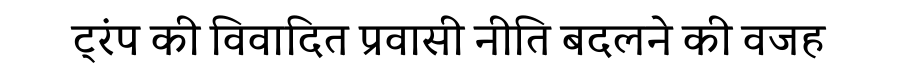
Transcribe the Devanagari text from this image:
ट्रंप की विवादित प्रवासी नीति बदलने की वजह